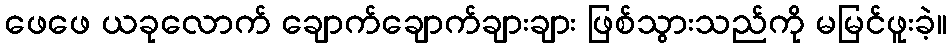
ဖေဖေ ယခုလောက် ချောက်ချောက်ချားချား ဖြစ်သွားသည်ကို မမြင်ဖူးခဲ့။